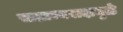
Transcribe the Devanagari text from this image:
साम्राज्यवादामुळे